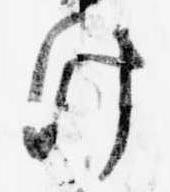
け